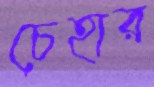
চেহার